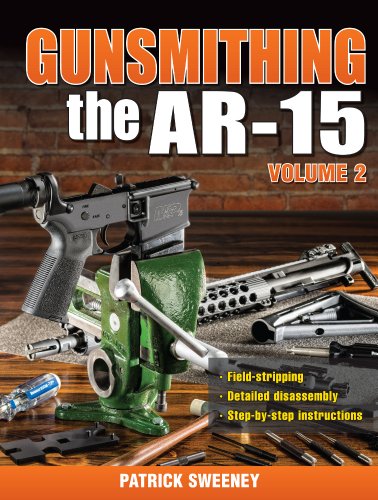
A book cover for Gunsmithing - The AR-15 Volume 2; Patrick Sweeney; Crafts, Hobbies & Home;